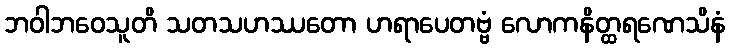
ဘဝါဘဝေသူတိ သတသဟဿတော ဟရာပေတဗ္ဗံ လောကနိတ္ထရဏေသိနံ